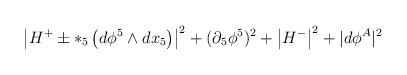
LaTeX: \begin{align*}\left|H^+ \pm *_5\left(d\phi^5\wedge dx_5\right)\right|^2 + (\partial_5 \phi^5)^2 + \left|H^-\right|^2 + |d\phi^A|^2\end{align*}